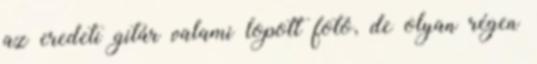
az eredeti gitár valami lopott fotó, de olyan régen